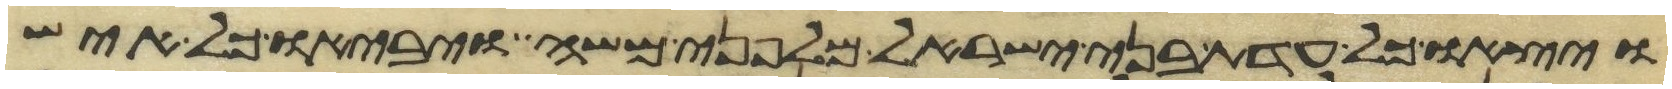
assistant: ויצאו כל עדת בני ישראל מלפני משה ויביאו כל איש